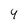
Character: 4